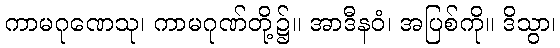
ကာမဂုဏေသု၊ ကာမဂုဏ်တို့၌။ အာဒီနဝံ၊ အပြစ်ကို။ ဒိသွာ၊